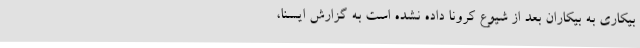
بیکاری به بیکاران بعد از شیوع کرونا داده نشده است به گزارش ایسنا،